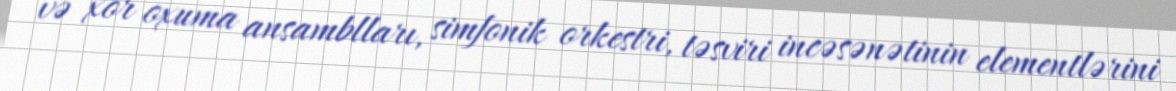
və xor oxuma ansamblları, simfonik orkestri, təsviri incəsənətinin elementlərini